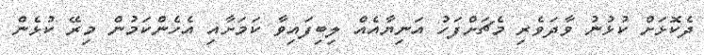
ދެކޮޅަށް ކުޅުނު ވާދަވެރި މެޗަށްފަހު އަނިޔާއެއް ލިބިފައިވާ ކަމަށާއި އެހެންކަމުން މިރޭ ކުޅެން